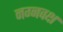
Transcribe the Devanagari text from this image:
नग्नवक्ष